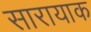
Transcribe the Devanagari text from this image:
सारायाक